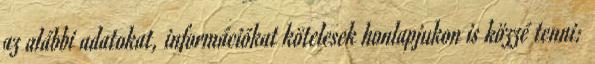
az alábbi adatokat, információkat kötelesek honlapjukon is közzé tenni: